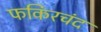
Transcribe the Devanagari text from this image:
फकिरचंद